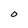
Character: O